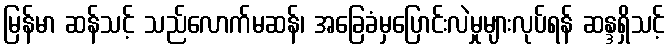
မြန်မာ ဆန်သင့် သည်လောက်မဆန်၊ အခြေခံမှပြောင်းလဲမှုများလုပ်ရန် ဆန္ဒရှိသင့်